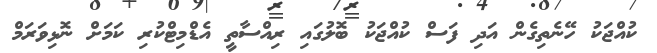
ކުއްޖަކު ހޭނެތިގެން އަދި ފަސް ކުއްޖަކު ބޮލުގައި ރިއްސާތީ އެޑްމިޓްކުރި ކަމަށް ނޮޅިވަރަމް